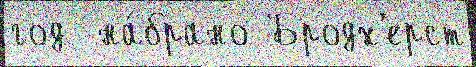
год  на́брано Бродх'ерст